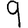
Digit: 9